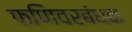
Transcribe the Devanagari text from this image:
फणिवरबंधक